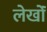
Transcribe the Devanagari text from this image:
लेखोंं